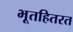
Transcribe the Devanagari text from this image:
भूतहितरत